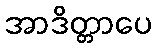
အာဒိတ္တာပေ